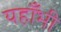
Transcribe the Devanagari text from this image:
यहाँभी